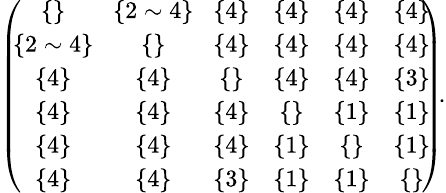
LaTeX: \begin{array}{r}{\small{\left(\! \! \begin{array}{cccccc}{\{ \} }&{\! \{ 2\sim 4\} \! }&{\{ 4\} }&{\{ 4\} }&{\{ 4\} }&{\{ 4\} }\\ {\{ 2\sim 4\} }&{\{ \} }&{\{ 4\} }&{\{ 4\} }&{\{ 4\} }&{\{ 4\} }\\ {\{ 4\} }&{\{ 4\} }&{\{ \} }&{\{ 4\} }&{\{ 4\} }&{\{ 3\} }\\ {\{ 4\} }&{\{ 4\} }&{\{ 4\} }&{\{ \} }&{\{ 1\} }&{\{ 1\} }\\ {\{ 4\} }&{\{ 4\} }&{\{ 4\} }&{\{ 1\} }&{\{ \} }&{\{ 1\} }\\ {\{ 4\} }&{\{ 4\} }&{\{ 3\} }&{\{ 1\} }&{\{ 1\} }&{\{ \} }\end{array}\! \! \right)\! .}}\end{array}